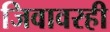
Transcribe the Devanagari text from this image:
जिवावरही